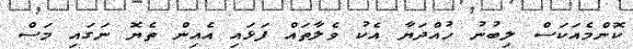
ކޮންމެއަކަސް ލިބުނު ހުއްދަޔާ އެކު ވެލާތައް ފަޅައި އެއިން ތެޔޮ ނަގައި މަސް